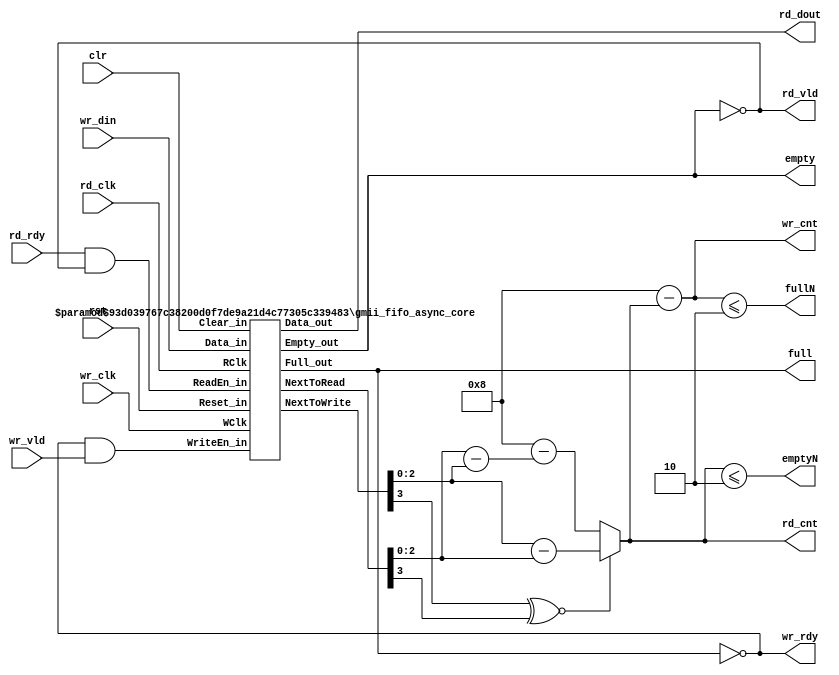
//----------------------------------------------------------
// Copyright (c) 2011 by Future Design Systems , Inc.
// All right reserved.
//----------------------------------------------------------
// gmii_fifo_async.v
//----------------------------------------------------------
// VERSION: 2011.07.08.
//----------------------------------------------------------
// Asynchronous FIFO
//----------------------------------------------------------
// MACROS and PARAMETERS
//----------------------------------------------------------------
// Features
//    * ready-valid handshake protocol
//    * lookahead full and empty -- see fullN and emptyN
//    * First-Word Fall-Through, but rd_vld indicates its validity
//----------------------------------------------------------------
//    * data moves when both ready(rdy) and valid(vld) is high.
//    * ready(rdy) means the receiver is ready to accept data.
//    * valid(vld) means the data is valid on 'data'.
//----------------------------------------------------------------
//
//                ___   _____   _____   _____   ____
//   wr_clk         |___|   |___|   |___|   |___|
//               _______________________________
//   wr_rdy     
//                     _________________
//   wr_vld      ______|       ||      |___________  
//                      _______  ______
//   wr_din      XXXXXXX__D0___XX__D1__XXXX
//                ___   _____   _____   _____   ____
//   rd_clk         |___|   |___|   |___|   |___|
//                                     _________________
//   rd_rdy      ______________________|               |___
//                                     _________________
//   rd_vld      ______________________|       ||      |___
//                                      ________ _______
//   rd_dout     XXXXXXXXXXXXXXXXXXXXXXX__D0____X__D1___XXXX
//
//                ______________                       _____
//   empty                     |_______________________|
//
//   full        __________________________________________
//
//----------------------------------------------------------------
//
// 'full' is synchronized with wr_clk and 'empty' is synchronized with rd_clk.
//  This means 'empty' may not reflect fast-write operations when rd_clk is
//  slower than wr_clk.
//  This also means 'full' may not reflect fast-read operations when wr_clk
//  is slower than rd_clk. 
//
// 'rd_cnt', 'wr_cnt', 'fullN', 'emptyN' still have metastability problem,
//  since rd_clk and wr_clk are asynchronous.
// 'fullN' and 'emptyN' can reflect current status much faster than
// 'full' and 'empty'. 
//
// 'clr' is synchronous to both 'wr_clk' and 'rd_clk'.
// Thus, 'clr' should be remain high at least one clock
// period of slower clock.
// $EndDescription$
//----------------------------------------------------------------
`timescale 1ns/1ns

module gmii_fifo_async #(parameter FDW  =17,  // fifo data width
                                        FAW  = 3,  // num of entries in 2 to the power FAW
                                        FULN = 2)  // lookahead-full
(
       input   wire           rst     // asynchronous reset
     , input   wire           clr     // synchronous clear 
     , input   wire           wr_clk
     , output  wire           wr_rdy
     , input   wire           wr_vld
     , input   wire [FDW-1:0] wr_din
     , input   wire           rd_clk
     , input   wire           rd_rdy
     , output  wire           rd_vld
     , output  wire [FDW-1:0] rd_dout
     , output  wire           full
     , output  wire           empty
     , output  wire           fullN   // lookahead full; fullN indicates there are only N rooms left
     , output  wire           emptyN  // lookahead empty; empty indicats there are only N elements in the FIFO
     , output  wire [FAW:0]   wr_cnt  // num of rooms in the FIFO to be written
     , output  reg  [FAW:0]   rd_cnt  // num of elements in the FIFO to be read
);
   //---------------------------------------------------
   localparam FDT  = 1<<FAW; // FIFO Depth
   //---------------------------------------------------
   wire [FAW:0] NextToWrite, NextToRead; // mind the width
   wire         wr_enable; // written when it is high with wr_clk
   wire         rd_enable; // read when it is high with rd_clk
   //---------------------------------------------------
   assign rd_vld = !empty;
   assign wr_rdy = !full;
   assign wr_enable = wr_rdy&wr_vld;
   assign rd_enable = rd_rdy&rd_vld;
   //---------------------------------------------------
   gmii_fifo_async_core #(.FDW(FDW), .FAW(FAW)) Ufifo (
         .Data_out   (rd_dout      ),
         .Empty_out  (empty        ),
         .ReadEn_in  (rd_enable    ),
         .RClk       (rd_clk       ),
         .Data_in    (wr_din       ),
         .Full_out   (full         ),
         .WriteEn_in (wr_enable    ),
         .WClk       (wr_clk       ),
         .Reset_in   (rst          ),
         .Clear_in   (clr          ),
         .NextToWrite(NextToWrite  ),
         .NextToRead (NextToRead   )
   );
   //---------------------------------------------------
   always @ (*) begin
       if (NextToWrite[FAW]~^NextToRead[FAW]) begin
           rd_cnt = NextToWrite[FAW-1:0]-NextToRead[FAW-1:0];
       end else begin
           rd_cnt = FDT - (NextToRead[FAW-1:0]-NextToWrite[FAW-1:0]);
       end
   end
   assign wr_cnt = FDT-rd_cnt; // num of rooms in the FIFO
   assign fullN  = (wr_cnt<=FULN); // nearly full
   assign emptyN = (rd_cnt<=FULN); // nearly empty
   //---------------------------------------------------
endmodule

//----------------------------------------------------------------
// Function : Asynchronous FIFO (w/ 2 asynchronous clocks).
// Coder    : Alex Claros F.
// Notes    : This implementation is based on the article 
//            'Asynchronous FIFO in Virtex-II FPGAs'
//            writen by Peter Alfke. This TechXclusive 
//            article can be downloaded from the
//            Xilinx website. It has some minor modifications.
// http://www.asic-world.com/examples/verilog/asyn_fifo.html
//----------------------------------------------------------------
module gmii_fifo_async_core #(parameter FDW = 8, // data width
                                       FAW = 4) // address width
(
       Reset_in
     , Clear_in
     , RClk
     , Data_out
     , ReadEn_in
     , WClk
     , Data_in
     , WriteEn_in
     , NextToWrite
     , NextToRead
     , Empty_out
     , Full_out
);
    //-------------------------------------------------------------------
    input             Reset_in   ; wire            Reset_in   ;
    input             Clear_in   ; wire            Clear_in   ;
    input             RClk       ; wire            RClk       ;
    output [FDW-1:0]  Data_out   ; wire [FDW-1:0]  Data_out   ;
    input             ReadEn_in  ; wire            ReadEn_in  ;
    input             WClk       ; wire            WClk       ;
    input  [FDW-1:0]  Data_in    ; wire [FDW-1:0]  Data_in    ;
    input             WriteEn_in ; wire            WriteEn_in ;
    output [FAW:0]    NextToWrite; wire [FAW:0]    NextToWrite;
    output [FAW:0]    NextToRead ; wire [FAW:0]    NextToRead ;
    output            Empty_out  ; reg             Empty_out  = 1'b1;
    output            Full_out   ; reg             Full_out   = 1'b0;
    //-------------------------------------------------------------------
    localparam DEPTH    = (1 << FAW); // fifo depth
    //-------------------------------------------------------------------
    /////Internal connections & variables//////
    wire  [FAW-1:0] pNextWordToWrite, pNextWordToWrite_nxt;
    wire  [FAW-1:0] pNextWordToRead,  pNextWordToRead_nxt;
    wire            EqualAddresses;
    wire            NextWriteAddressEn, NextReadAddressEn;
    wire            Set_Status, Rst_Status;
    reg             Status;
    wire            PresetFull, PresetEmpty;
    wire  [FAW-1:0] next_read = (ReadEn_in) ? pNextWordToRead_nxt : pNextWordToRead;
    //-------------------------------------------------------------------
    //Fifo addresses support logic: 
    //'Next Addresses' enable logic:
    assign NextWriteAddressEn = WriteEn_in & ~Full_out;
    assign NextReadAddressEn  = ReadEn_in  & ~Empty_out;
           
    //Addreses (Gray counters) logic:
    gmii_fifo_async_core_gray_counter #(.CW(FAW)) GrayCounter_pWr (
        .GrayCount_out(pNextWordToWrite),
        .GrayCount_nxt(pNextWordToWrite_nxt),
        .Enable_in    (NextWriteAddressEn),
        .Reset_in     (Reset_in),
        .Clear_in     (Clear_in),
        .Clk          (WClk),
        .BinaryCount  (NextToWrite)
    );
    gmii_fifo_async_core_gray_counter #(.CW(FAW)) GrayCounter_pRd (
        .GrayCount_out(pNextWordToRead),
        .GrayCount_nxt(pNextWordToRead_nxt),
        .Enable_in    (NextReadAddressEn),
        .Reset_in     (Reset_in),
        .Clear_in     (Clear_in),
        .Clk          (RClk),
        .BinaryCount  (NextToRead)
    );

    //'EqualAddresses' logic:
    assign EqualAddresses = (pNextWordToWrite == pNextWordToRead);

    //'Quadrant selectors' logic:
    assign Set_Status = (pNextWordToWrite[FAW-2] ~^ pNextWordToRead[FAW-1]) &
                        (pNextWordToWrite[FAW-1] ^  pNextWordToRead[FAW-2]);
                            
    assign Rst_Status = (pNextWordToWrite[FAW-2] ^  pNextWordToRead[FAW-1]) &
                        (pNextWordToWrite[FAW-1] ~^ pNextWordToRead[FAW-2]);
                         
    //'Status' latch logic:
    // Refer to DC: set_false_path -from {Set_Status,Clear_in,Reset_in} -to Status
    always @ (Set_Status, Rst_Status, Clear_in, Reset_in) begin //D Latch w/ Asynchronous Clear & Preset.
        if      (Rst_Status | Clear_in | Reset_in) Status = 0; //Going 'Empty'.
        else if (Set_Status)                       Status = 1; //Going 'Full'.
        else                                       Status = Status;
    end
            
    //'Full_out' logic for the writing port:
    assign PresetFull = Status & EqualAddresses;  //'Full' Fifo.
    
    `ifndef XILINX
    always @ (posedge WClk, posedge PresetFull) //D Flip-Flop w/ Asynchronous Preset.
        if (PresetFull) Full_out <= 1;
        else            Full_out <= 0;
    `else
    wire Full_out_wire;
    FDCP #(.INIT(1'b0)) Ufull_out (.Q(Full_out_wire),.C(WClk),.CLR(Reset_in),.D(1'b0),.PRE(PresetFull));
    always @ ( * ) Full_out = Full_out_wire;
    `endif
            
    //'Empty_out' logic for the reading port:
    assign PresetEmpty = ~Status & EqualAddresses;  //'Empty' Fifo.
    
    always @ (posedge RClk, posedge PresetEmpty) //D Flip-Flop w/ Asynchronous Preset.
        if (PresetEmpty) Empty_out <= 1;
        else             Empty_out <= 0;
    //-------------------------------------------------------------------
    //'Data_out' logic:
    // First-word fall-through: ADKI, Ando Ki
    reg [FDW-1:0] Mem [DEPTH-1:0];
    assign Data_out = (!Empty_out) ? Mem[pNextWordToRead] : {FDW{1'b0}};
    always @ (posedge WClk)
        if (WriteEn_in & !Full_out)
            Mem[pNextWordToWrite] <= Data_in;
endmodule
//==========================================
// Function : Code Gray counter.
// Coder    : Alex Claros F.
//=======================================
module gmii_fifo_async_core_gray_counter #(parameter CW = 4)
(      input  wire          Reset_in 
     , input  wire          Clear_in      //Count reset.
     , input  wire          Clk 
     , input  wire          Enable_in     //Count enable.
     , output reg  [CW-1:0] GrayCount_out //'Gray' code count output.
     , output reg  [CW:0]   BinaryCount
     , output reg  [CW-1:0] GrayCount_nxt //'Gray' code count output.
);
    //-------------------------------------------------------------------
     reg  [CW:0]   BinaryCount_nxt = 2;
    //-------------------------------------------------------------------
    // synthesis translate_off
    initial begin
            BinaryCount     = 1;
            BinaryCount_nxt = 2;
            GrayCount_out   = 0;
            GrayCount_nxt   = 1;
    end
    // synthesis translate_on
    //-------------------------------------------------------------------
    always @ (posedge Clk, posedge Reset_in) begin
        if (Reset_in) begin
            BinaryCount     <= 1;  //Gray count begins @ '1' with
            BinaryCount_nxt <= 2;  //Gray count begins @ '1' with
            GrayCount_out   <= 0;  //first 'Enable_in'.
            GrayCount_nxt   <= 1;  //first 'Enable_in'.
        end
        else if (Clear_in) begin
            BinaryCount     <= 1;  //Gray count begins @ '1' with
            BinaryCount_nxt <= 2;  //Gray count begins @ '1' with
            GrayCount_out   <= 0;  //first 'Enable_in'.
            GrayCount_nxt   <= 1;  //first 'Enable_in'.
        end
        else if (Enable_in) begin
            BinaryCount     <= BinaryCount + 1;
            BinaryCount_nxt <= BinaryCount_nxt + 1;
            GrayCount_out   <= {BinaryCount[CW-1],
                                BinaryCount[CW-2:0] ^ BinaryCount[CW-1:1]};
            GrayCount_nxt   <= {BinaryCount_nxt[CW-1],
                                BinaryCount_nxt[CW-2:0] ^ BinaryCount_nxt[CW-1:1]};
        end
    end
    
endmodule

//----------------------------------------------------------------
// Revision History
//
// 2011.07.11: Started based on DIP_0002_fifo_async by Ando Ki.
//----------------------------------------------------------------